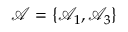
\boldsymbol { \mathcal { A } } = \{ \mathcal { A } _ { 1 } , \mathcal { A } _ { 3 } \}